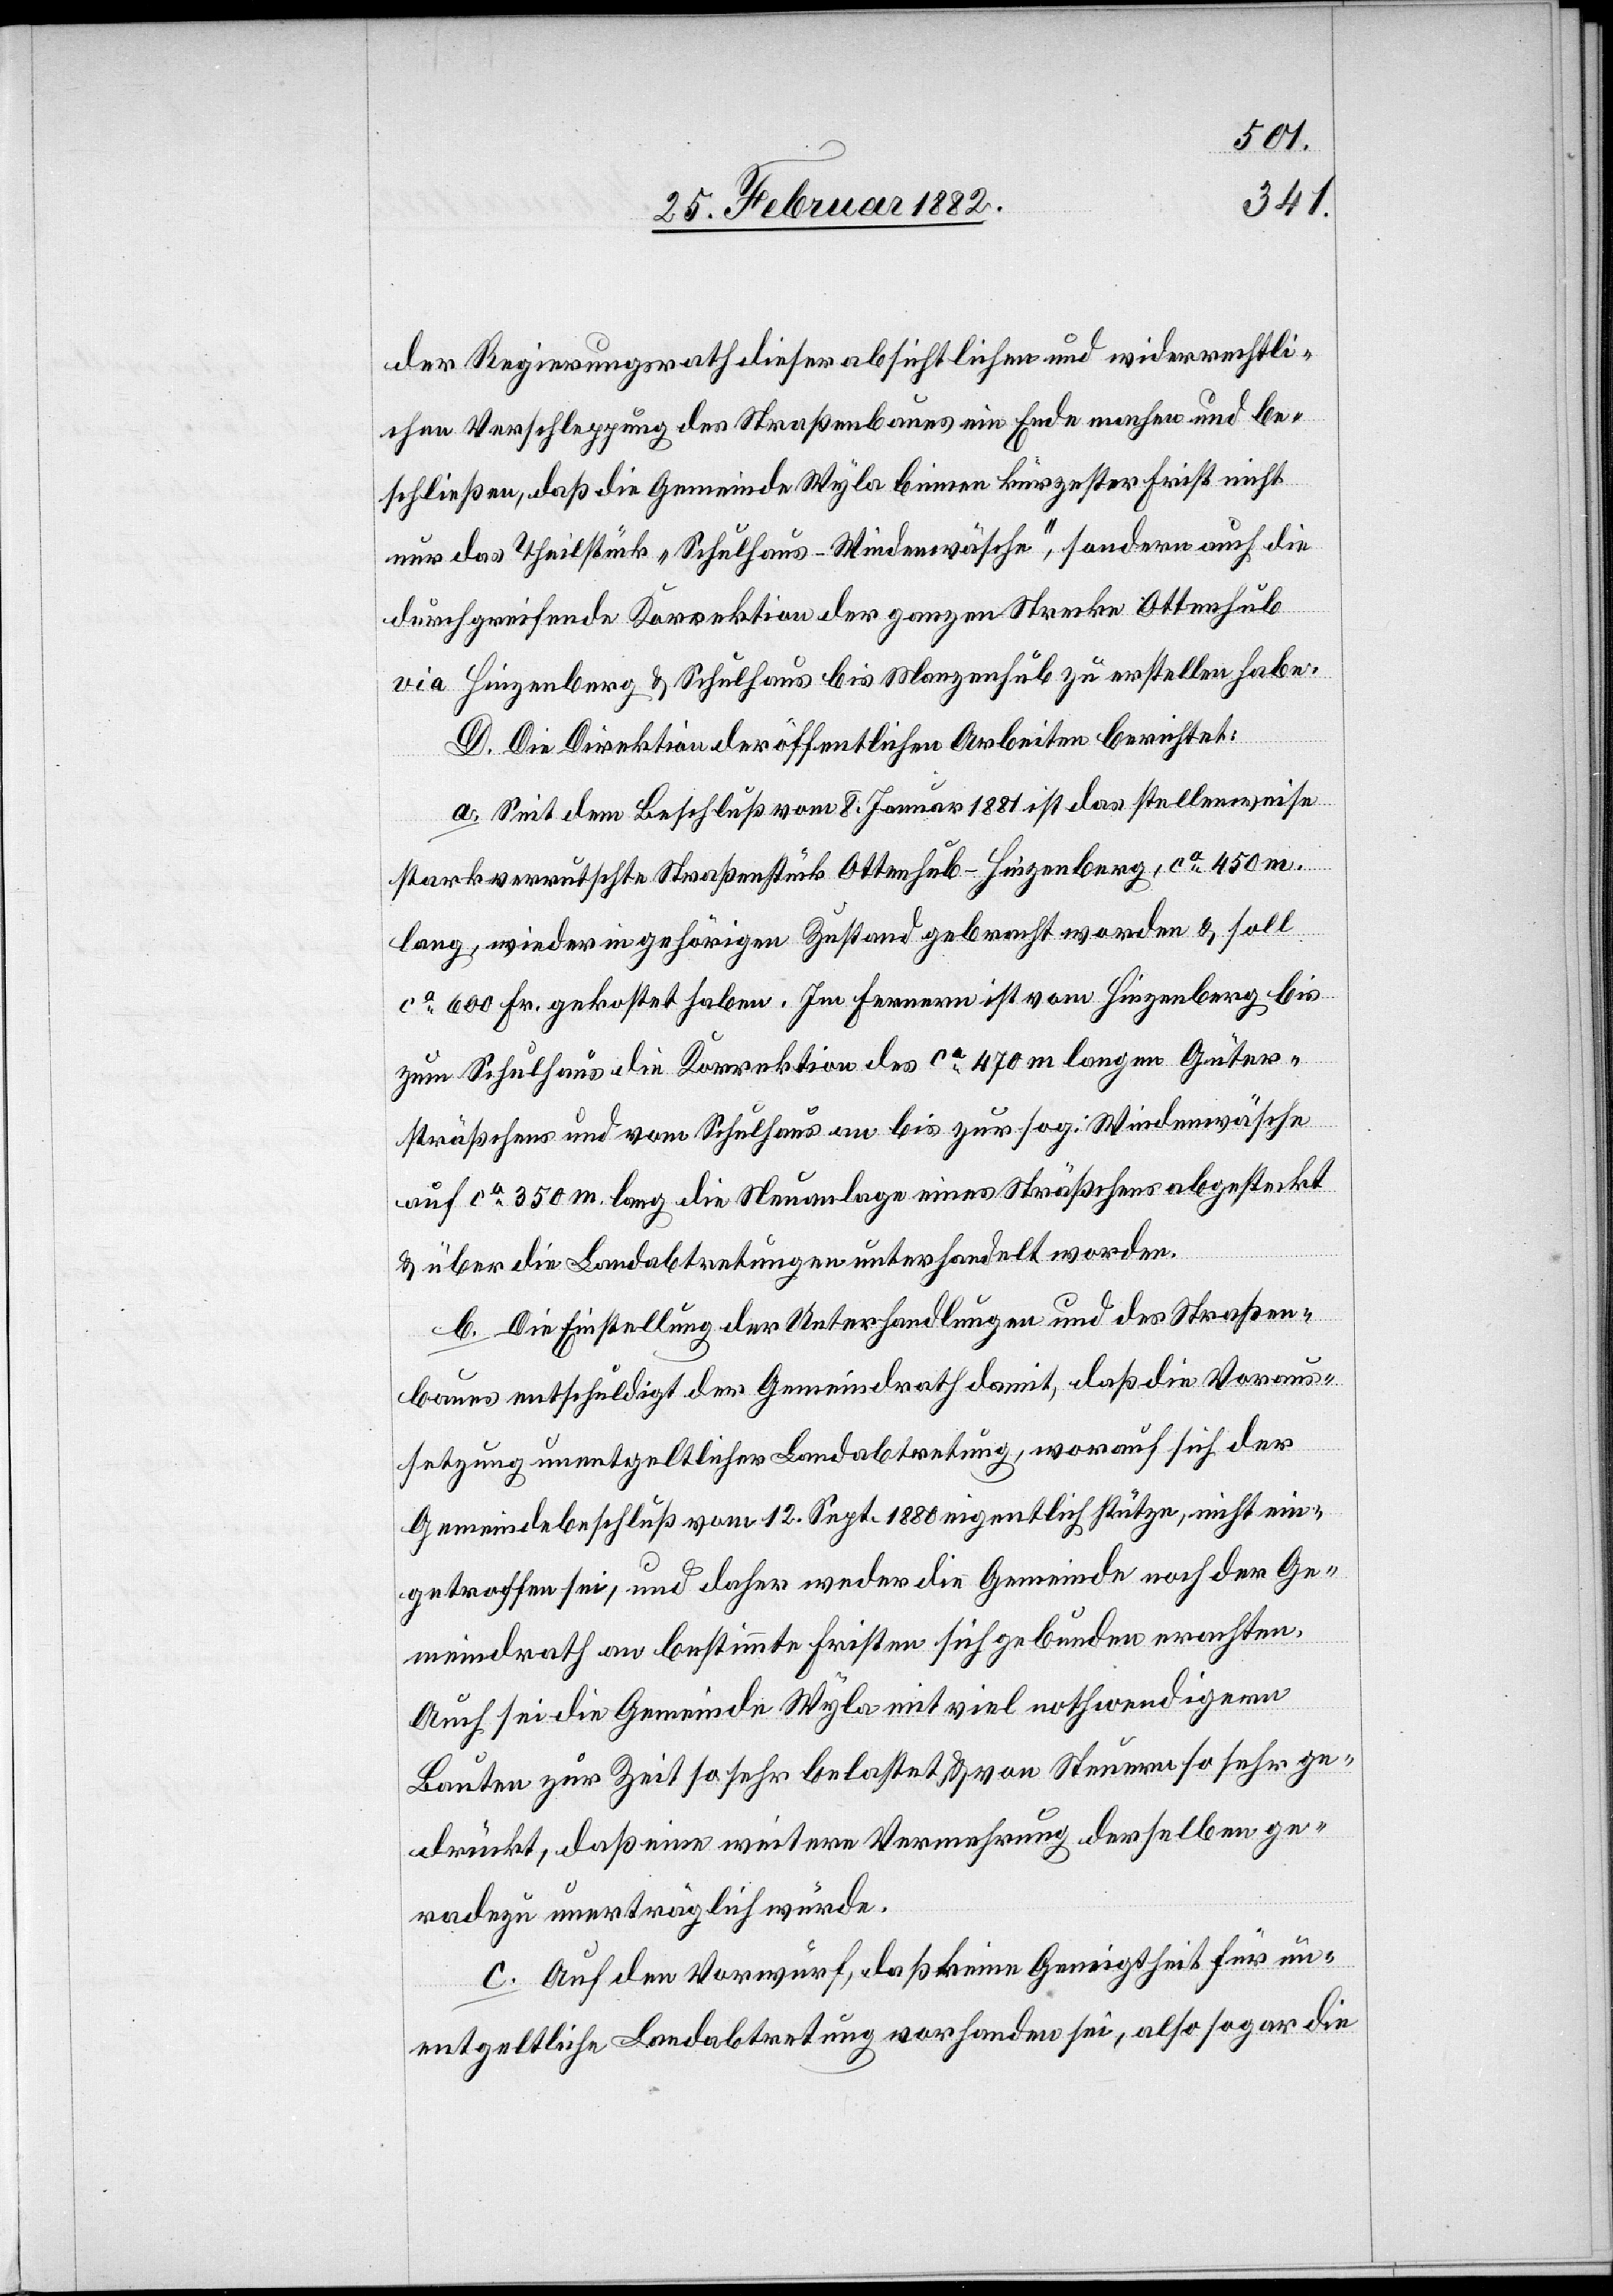
der Regierungsrath dieser absichtlichen und widerrechtli¬
chen Verschleppung des Straßenbaues ein Ende machen und be¬
schließen, daß die Gemeinde Wyla binnen kürzester Frist nicht
nur das Theilstück „Schulhaus–Wiedenwäsche“, sondern auch die
durchgreifende Korrektion der ganzen Strecke Ottenhub
via Hinzenberg & Schulhaus bis Manzenhub zu erstellen habe.
D. Die Direktion der öffentlichen Arbeiten berichtet:
a. Seit dem Beschluß vom 8. Januar 1881 ist das stellenweise
stark verrutschte Straßenstück Ottenhub–Hinzenberg, ca 450m
lang, wieder in gehörigen Zustand gebracht worden & soll
ca 600 Fr. gekostet haben. Im ferneren ist vom Hinzenberg bis
zum Schulhaus die Korrektion des ca 470m langen Güter¬
sträßchen und vom Schulhaus an bis zur sog. Wiedenwäsche
auf ca 350m lang die Neuanlage eines Sträßchens abgesteckt
& über die Landabtretungen unterhandelt worden.
b. Die Einstellung der Unterhandlungen und des Straßen¬
baues entschuldigt der Gemeindrath damit, daß die Voraus¬
setzung unentgeltlicher Landabtretung, worauf sich der
Gemeindebeschluß vom 12. Sept. 1880 eigentlich stütze, nicht ein¬
getroffen sei, und daher weder die Gemeinde noch der Ge¬
meindrath an bestimmte Fristen sich gebunden erachten.
Auch sei die Gemeinde Wyla mit viel nothwendigern
Bauten zur Zeit so sehr belastet & von Steuern so sehr ge¬
drückt, daß eine weitere Vermehrung derselben ge¬
radezu unerträglich würde.
c. Auf den Vorwurf, daß keine Geneigtheit für un¬
entgeltliche Landabtretung vorhanden sei, also sogar die